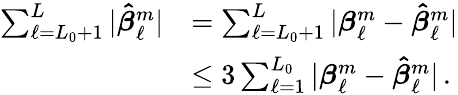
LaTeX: \begin{array}{rl}{\sum_{\ell=L_{0}+1}^{L}|\boldsymbol{\hat{\beta}}_{\ell}^{m}|}&{=\sum_{\ell=L_{0}+1}^{L}|\boldsymbol{\beta}_{\ell}^{m}-\boldsymbol{\hat{\beta}}_{\ell}^{m}|}\\ &{\leq 3\sum_{\ell=1}^{L_{0}}|\boldsymbol{\beta}_{\ell}^{m}-\boldsymbol{\hat{\beta}}_{\ell}^{m}|\, .}\end{array}